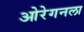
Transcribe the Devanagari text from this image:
ओरेगनला